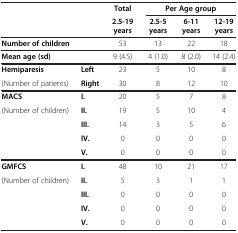
|  |  | Total | <COLSPAN=3> Per Age group |
 |  |  | 2.5-19 years | 2.5-5 years | 6-11 years | 12-19 years |
 | --- | --- | --- | --- | --- | --- |
 | Number of children |  | 53 | 13 | 22 | 18 |
 | Mean age (sd) |  | 9 (4.5) | 4 (1.0) | 8 (2.0) | 14 (2.4) |
 | Hemiparesis | Left | 23 | 5 | 10 | 8 |
 | (Number of patients) | Right | 30 | 8 | 12 | 10 |
 | MACS | I. | 20 | 5 | 7 | 8 |
 | (Number of children) | II. | 19 | 5 | 10 | 4 |
 |  | III. | 14 | 3 | 5 | 6 |
 |  | IV. | 0 | 0 | 0 | 0 |
 |  | V. | 0 | 0 | 0 | 0 |
 | GMFCS | I. | 48 | 10 | 21 | 17 |
 | (Number of children) | II. | 5 | 3 | 1 | 1 |
 |  | III. | 0 | 0 | 0 | 0 |
 |  | IV. | 0 | 0 | 0 | 0 |
 |  | V. | 0 | 0 | 0 | 0 |